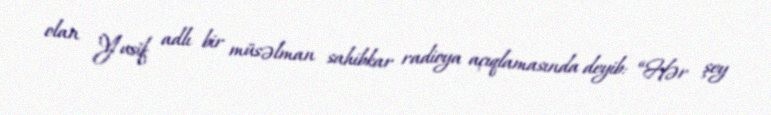
olan Yusif adlı bir müsəlman sahibkar radioya açıqlamasında deyib: “Hər şey